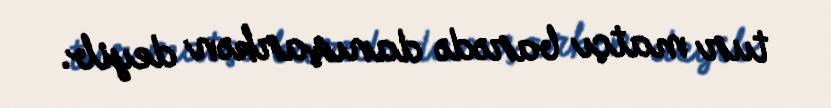
tur matçı barədə danışarkən deyib.